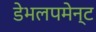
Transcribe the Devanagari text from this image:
डेभलपमेन्ट